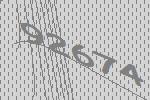
92674